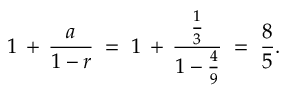
1 \, + \, { \frac { a } { 1 - r } } \; = \; 1 \, + \, { \frac { \frac { 1 } { 3 } } { 1 - { \frac { 4 } { 9 } } } } \; = \; { \frac { 8 } { 5 } } .